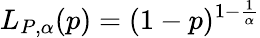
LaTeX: L_{P,\alpha}(p)=(1-p)^{1-\frac{1}{\alpha}}